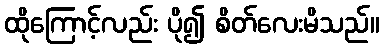
ထိုကြောင့်လည်း ပို၍ စိတ်လေးမိသည်။